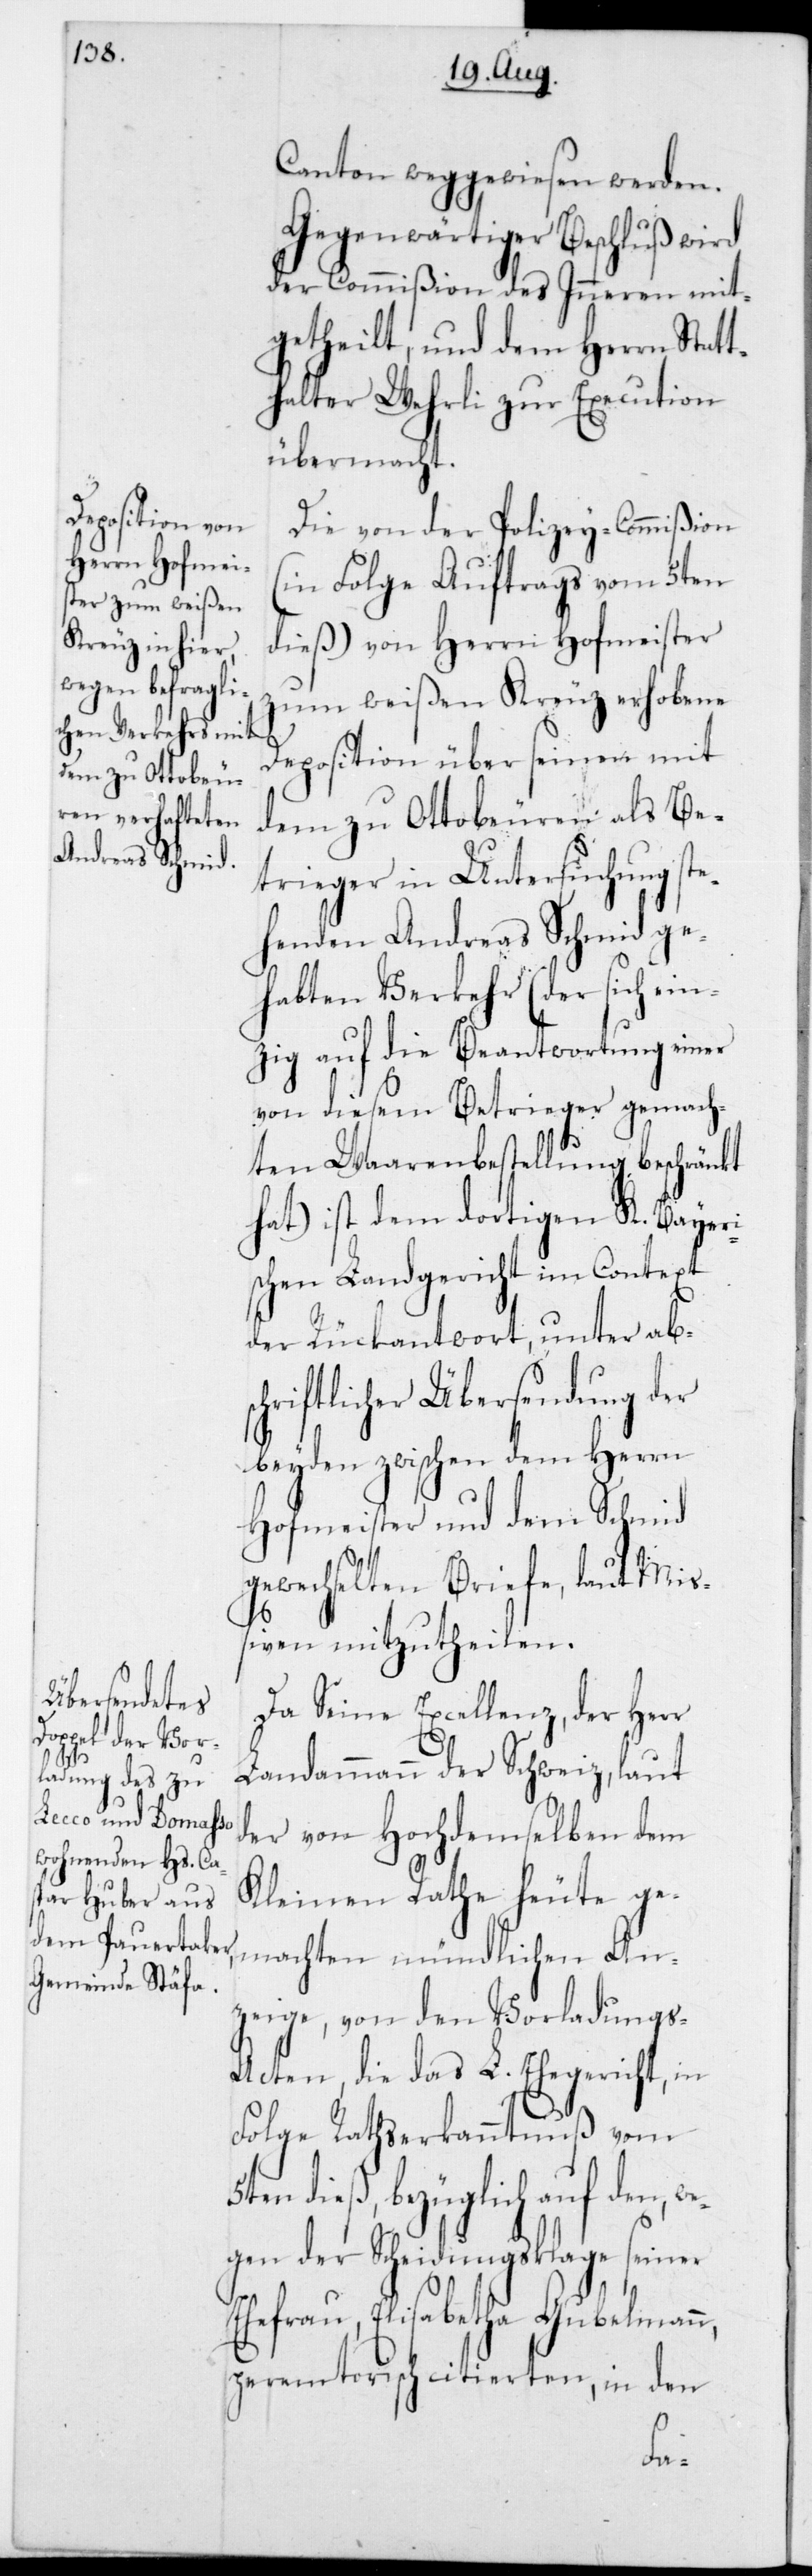
Canton weggewiesen werden.
Gegenwärtiger Beschluß wird
der Commißion des Inneren mit¬
getheilt, und dem Herrn Stat¬
thalter Wehrli zur Execution
übermacht.
Die von der Polizey-Commißion
(in Folge Auftrags vom 5ten
dieß) von Herrn Hofmeister
zum Weißen Kreuz erhobene
Deposition über seinen mit
dem zu Ottobeuren als Be¬
trieger in Untersuchung ste¬
henden Andreas Schmid ge¬
habten Verkehr (der sich ein¬
zig auf die Beantwortung einer
von diesem Betrieger gemach¬
ten Waarenbestellung beschränkt
hat) ist dem dortigen K. Bayeri¬
schen Landgericht im Context
der Rückantwort, unter abs¬
chriftlicher Übersendung der
beyden zwischen dem Herrn
Hofmeister mit dem Schmid
gewechselten Briefe, laut Mi¬
ßiven mitzutheilen.
Da Seine Excellenz,der Herr
Landammann der Schweiz, laut
der von Hochdemselben dem
Kleinen Rathe heute ge¬
machten mündlichen An¬
zeige, von den Vorladung¬
s-Acten, die das L. Ehegericht in
Folge Rathserkanntnuß vom
dieß, bezüglich auf den,
gen der Scheidungsklage seiner
Ehefrau Elisabetha Gubelmann,
peremtorisch citierten, in den
we¬